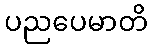
ပညပေမာတိ